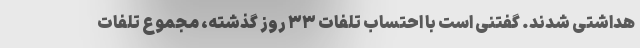
هداشتی شدند. گفتنی است با احتساب تلفات ۳۳ روز گذشته، مجموع تلفات